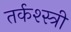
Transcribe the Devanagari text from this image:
तर्कश्स्त्री